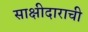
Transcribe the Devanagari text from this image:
साक्षीदाराची